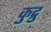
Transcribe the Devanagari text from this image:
कुद्रु